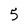
Character: 5